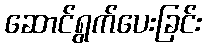
ဆောင်ရွက်ပေးခြင်း